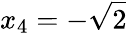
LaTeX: x_{4}=-\sqrt{2}